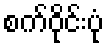
စက်ဝိုင်းပုံ